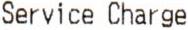
SERVICE CHARGE